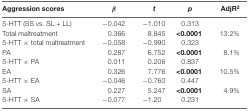
<table><thead><tr><td><b>Aggression scores</b></td><td><b><i>β</i></b></td><td><b><i>t</i></b></td><td><b><i>p</i></b></td><td><b>AdjR<sup>2</sup></b></td></tr></thead><tbody><tr><td>5-HTT (SS vs. SL + LL)</td><td>−0.042</td><td>−1.010</td><td>0.313</td><td>[EMPTY_CELL]</td></tr><tr><td>Total maltreatment</td><td>0.366</td><td>8.845</td><td><b>&lt;0.0001</b></td><td>13.2%</td></tr><tr><td>5-HTT × total maltreatment</td><td>−0.058</td><td>−0.990</td><td>0.323</td><td>[EMPTY_CELL]</td></tr><tr><td>PA</td><td>0.287</td><td>6.752</td><td><b>&lt;0.0001</b></td><td>8.1%</td></tr><tr><td>5-HTT × PA</td><td>0.011</td><td>0.206</td><td>0.837</td><td>[EMPTY_CELL]</td></tr><tr><td>EA</td><td>0.326</td><td>7.776</td><td><b>&lt;0.0001</b></td><td>10.5%</td></tr><tr><td>5-HTT × EA</td><td>−0.046</td><td>−0.760</td><td>0.447</td><td>[EMPTY_CELL]</td></tr><tr><td>SA</td><td>0.227</td><td>5.247</td><td><b>&lt;0.0001</b></td><td>4.9%</td></tr><tr><td>5-HTT × SA</td><td>−0.077</td><td>−1.20</td><td>0.231</td><td>[EMPTY_CELL]</td></tr></tbody></table>